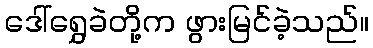
ဒေါ်ရွှေခဲတို့က ဖွားမြင်ခဲ့သည်။